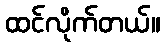
ထင်လိုက်တယ်။